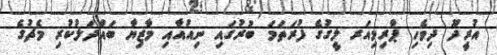
އުރީދޫ ދިވެހި ޕްރިމިއަރ ލީގުގެ ފުރަތަމަ ބުރުގައި ނިއުއާއި މާޒިޔާ ބައްދަލުކުރި މެޗުގެ